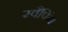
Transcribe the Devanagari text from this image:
स्वैपिंग